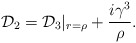
\begin{align*}{\cal D}_2={\cal D}_3|_{r={\rho}}+\frac{i{\gamma}^3}{\rho}.\end{align*}